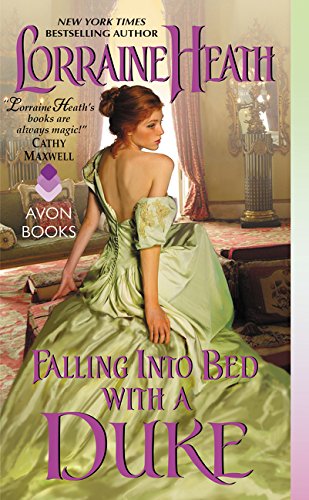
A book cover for Falling Into Bed with a Duke (Hellions of Havisham); Lorraine Heath; Romance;